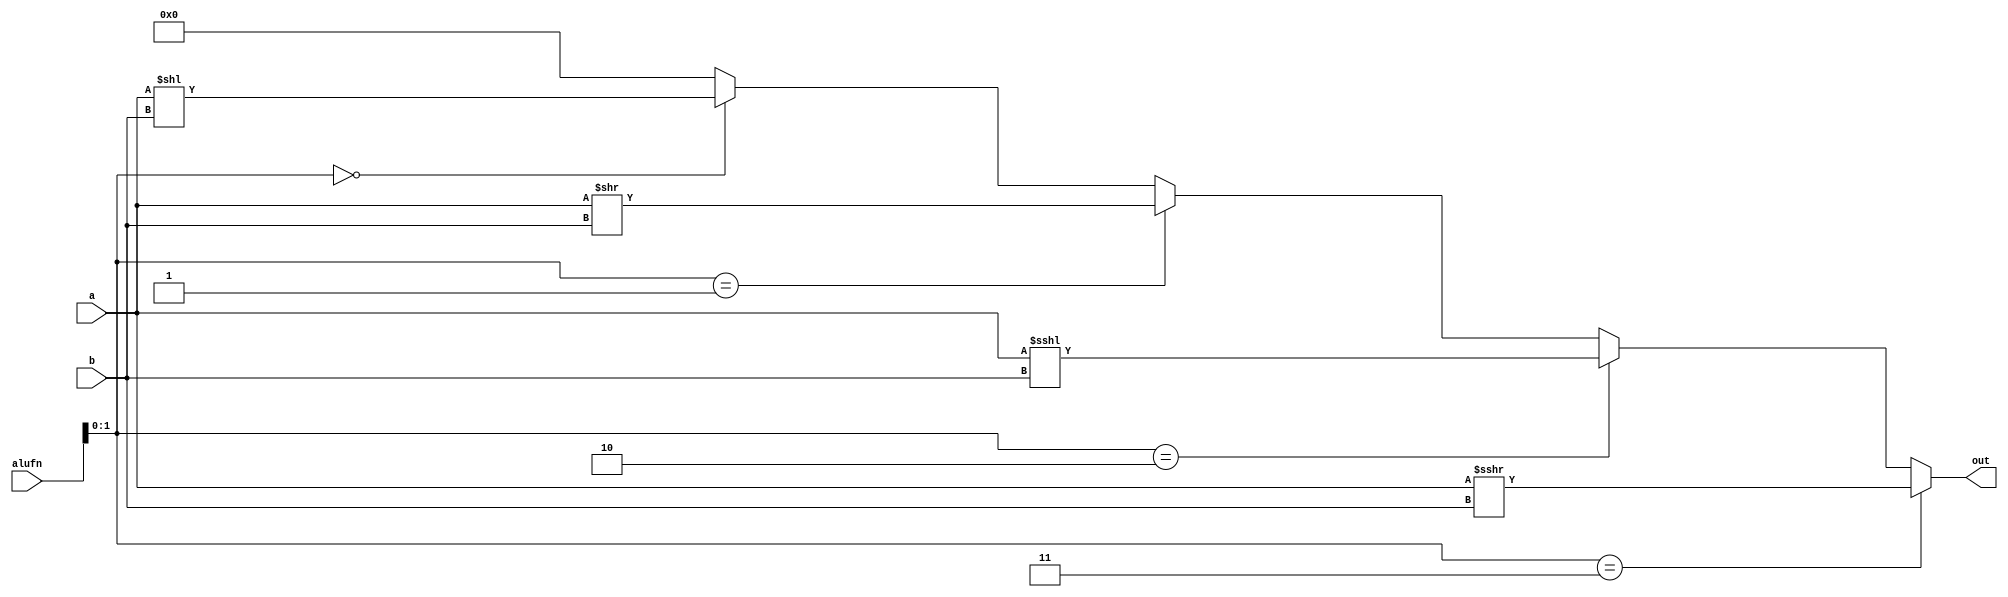
/*
   This file was generated automatically by Alchitry Labs version 1.2.1.
   Do not edit this file directly. Instead edit the original Lucid source.
   This is a temporary file and any changes made to it will be destroyed.
*/

module shifter_6 (
    input [15:0] a,
    input [15:0] b,
    input [5:0] alufn,
    output reg [15:0] out
  );
  
  
  
  reg [15:0] expr;
  
  always @* begin
    out = 1'h0;
    expr = $signed(a);
    if ({alufn[1+0-:1], alufn[0+0-:1]} == 2'h0) begin
      out = expr << b;
    end
    if ({alufn[1+0-:1], alufn[0+0-:1]} == 2'h1) begin
      out = expr >> b;
    end
    if ({alufn[1+0-:1], alufn[0+0-:1]} == 2'h2) begin
      out = expr <<< b;
    end
    if ({alufn[1+0-:1], alufn[0+0-:1]} == 2'h3) begin
      out = expr >>> b;
    end
  end
endmodule